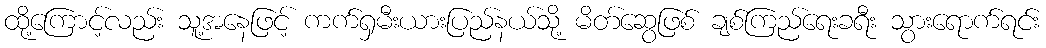
ထို့ကြောင့်လည်း သူ့အနေဖြင့် ကက်ရှမီးယားပြည်နယ်သို့ မိတ်ဆွေဖြစ် ချစ်ကြည်ရေးခရီး သွားရောက်ရင်း